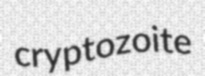
cryptozoite